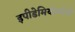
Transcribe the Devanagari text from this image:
इपीडेमियोलॉजी